NAE_ERA_R-30_Eesti_Riiklik_Spordiamet, lk 122
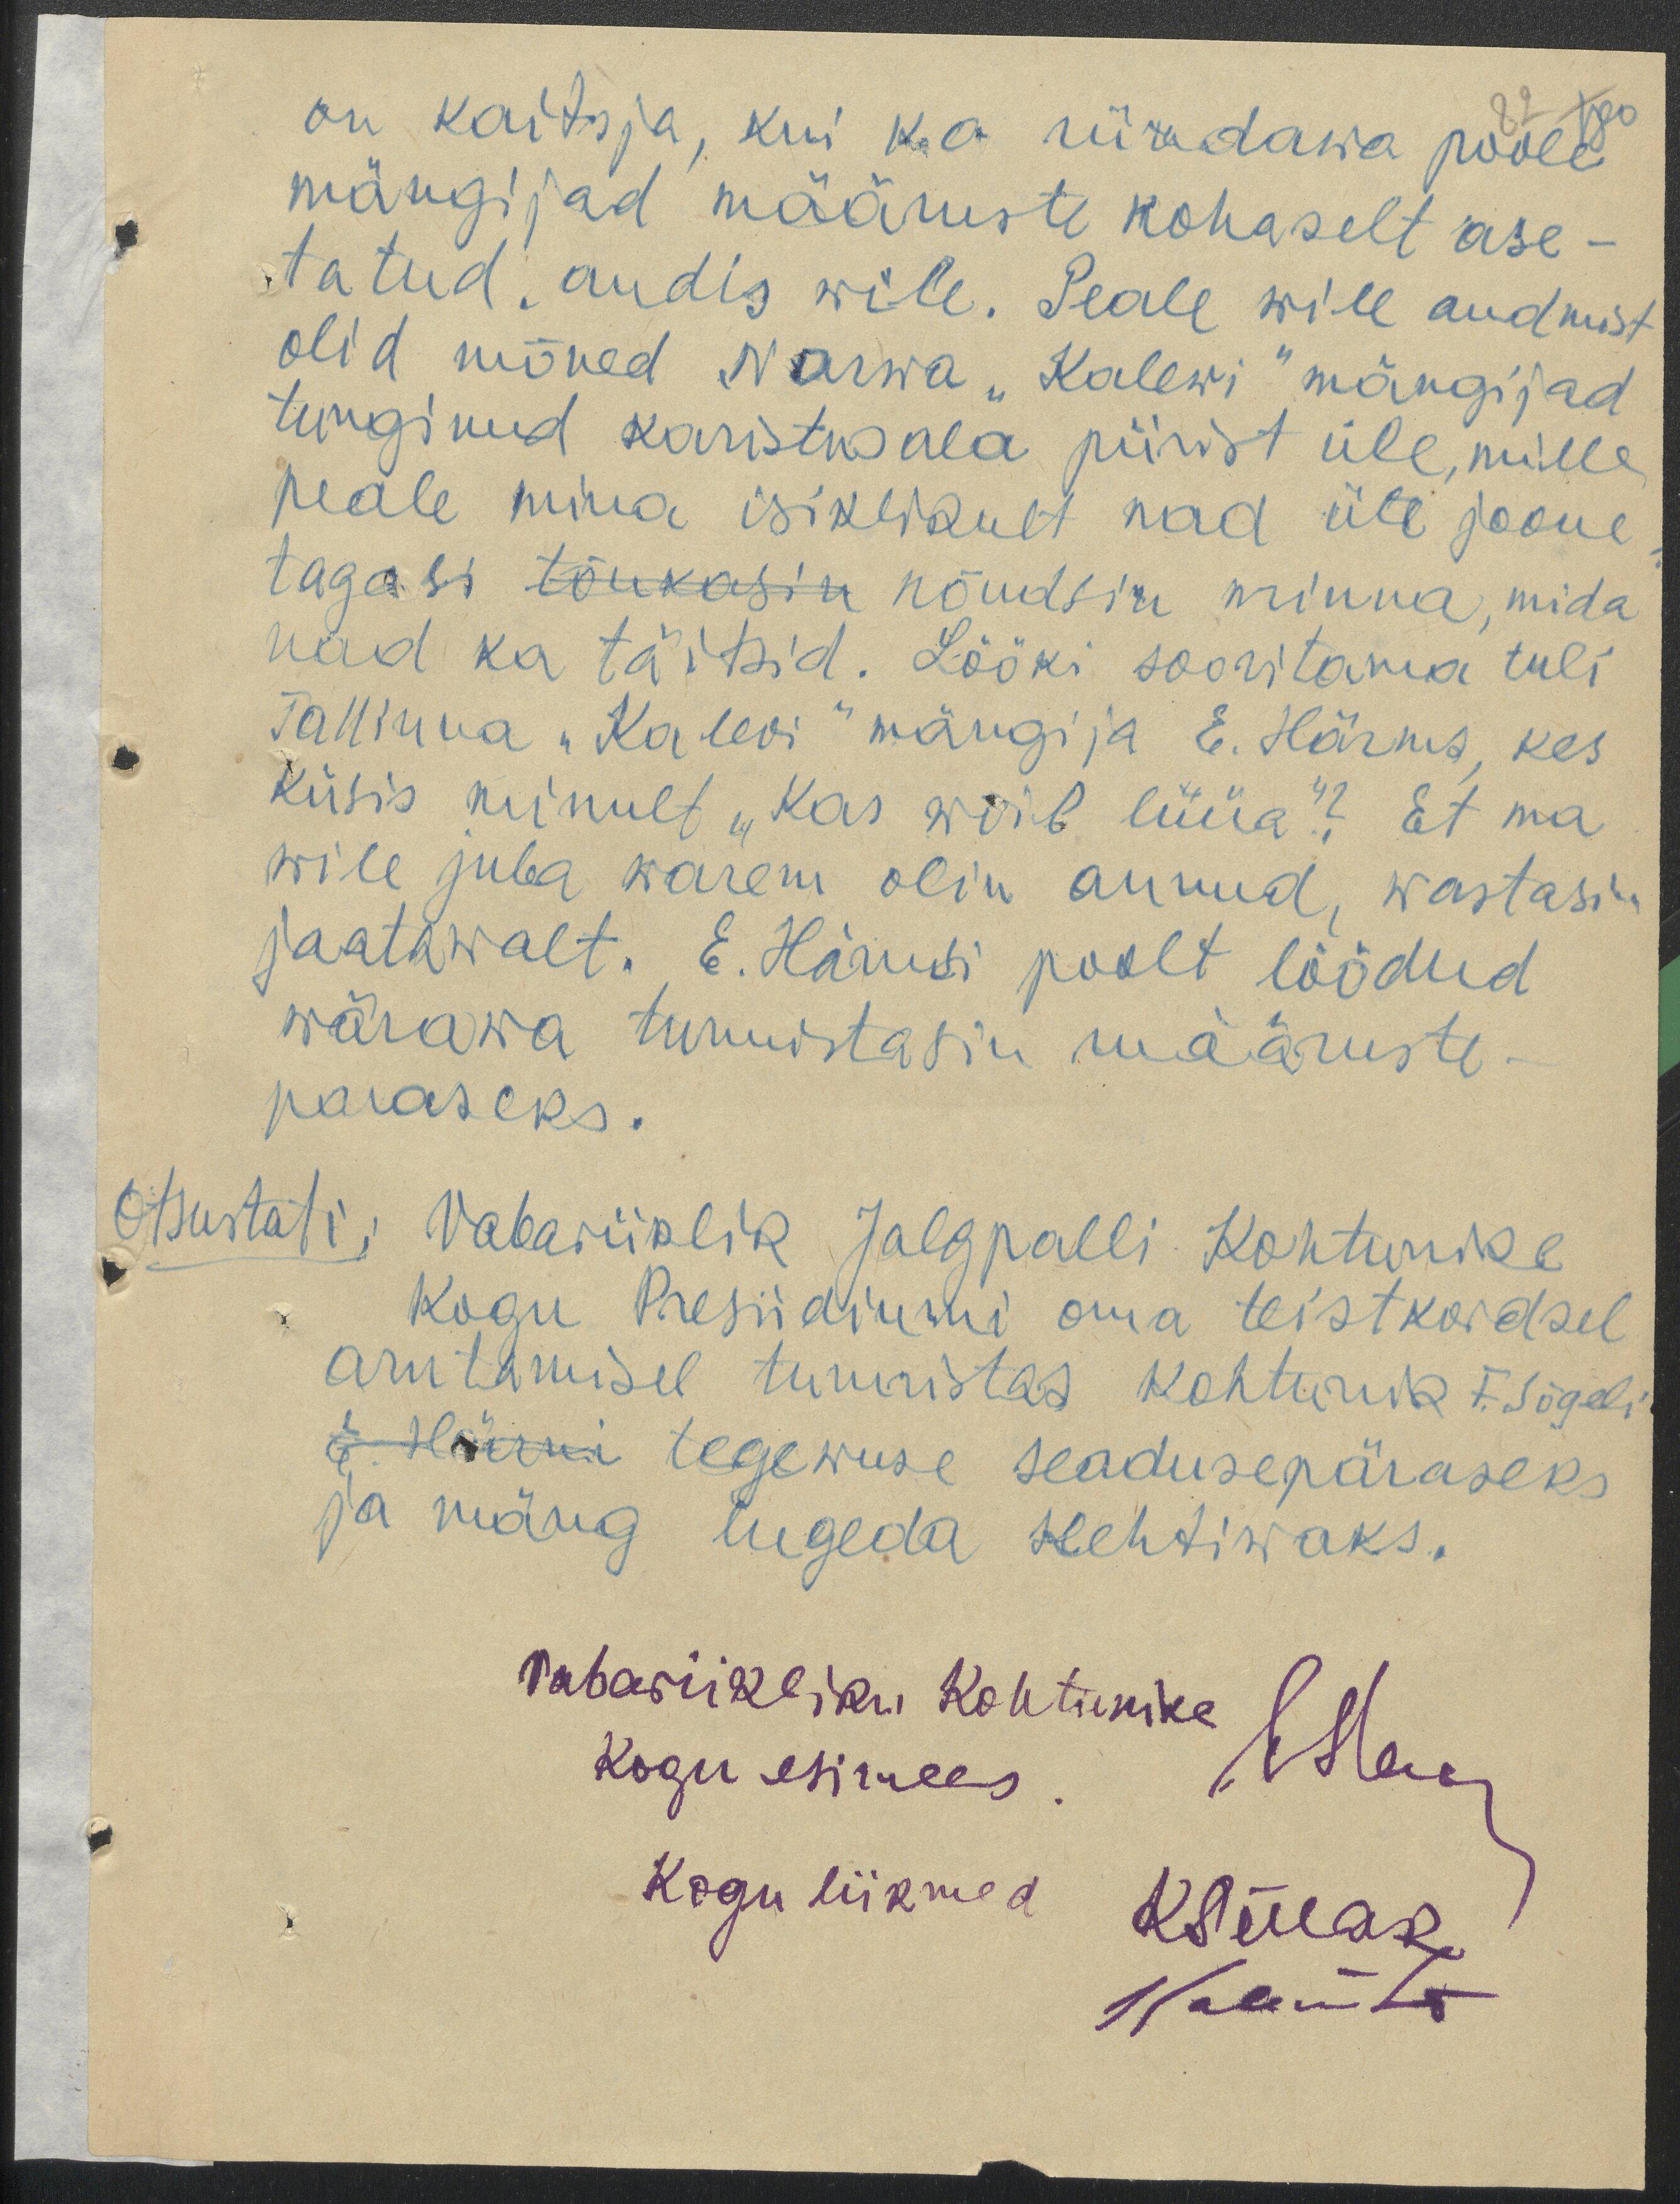
on kaitsja, kui ka ründawa poole
mängijad määruste kohaselt ase-
tatud, andis wile. Peale wile andmist
olid mõned Narwa "Kalewi" mängijad
tunginud karistusala piirist üle, mille
peale mina isiklikult nad üle joone
tagasi tõukasin nõudsin minna, mida
nad ka täitsid. Lööki sooritama tuli
Tallinna "Kalevi" mängija E. Härms, kes
küsis minult "Kas wõib lüüa"? Et ma
wile juba warem olin annud, wastasin
jaatawalt. E. Härmsi poolt löödud
wärawa tunnistasin määruste-
paraseks.
Otsustati: Vabariiklik Jalgpalli Kohtunike
Kogu Presiidiumi oma teistkordsel
arutamisel tunnistas kohtunik F. Sõgeli
E. Härmi tegewuse seadusepäraseks
ja mäng lugeda kehtiwaks.
Vabariikliku Kohtunike
Kogu esimees.
ESaar
Kogu liikmed
KSillak
Kaleviste